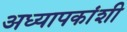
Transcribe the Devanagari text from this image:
अध्यापकांशी